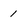
Character: 1